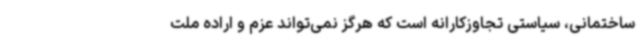
ساختمانی، سیاستی تجاوزکارانه است که هرگز نمی‌تواند عزم و اراده ملت